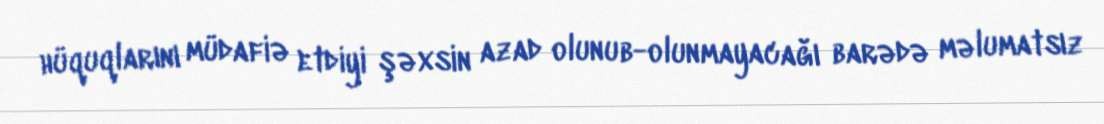
hüquqlarını müdafiə etdiyi şəxsin azad olunub-olunmayacağı barədə məlumatsız